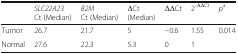
|  | SLC22A23Ct (Median) | B2MCt (Median) | ΔCt(Median) | ΔΔCt | 2-ΔΔCt | pa |
 | --- | --- | --- | --- | --- | --- | --- |
 | Tumor | 26.7 | 21.7 | 5 | −0.6 | 1.55 | <ROWSPAN=2> 0.014 |
 | Normal | 27.6 | 22.3 | 5.3 | 0 | 1 |